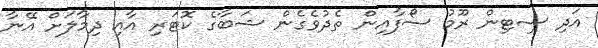
އަދި ސިޓިން ރޫމު ސޯފާއިން ތެދުވެގެން ޝަބާގެ ކޮޓަރި އާއި ދިމާލަށް އޭނާ